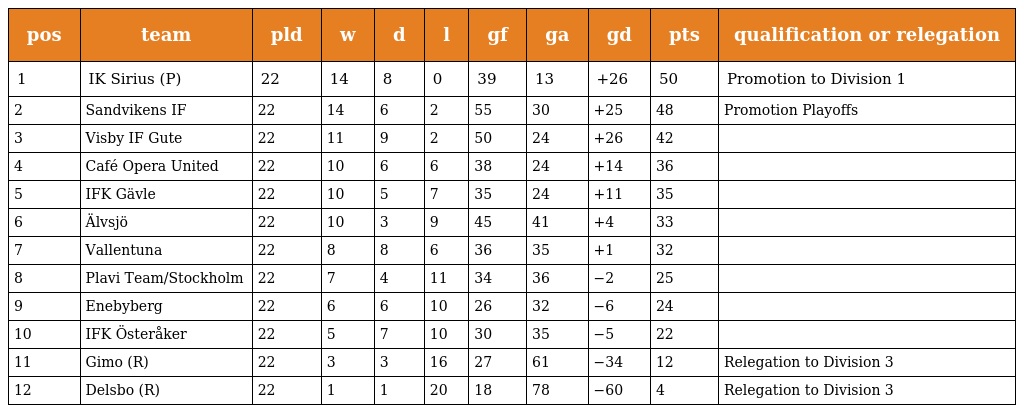
| pos | team | pld | w | d | l | gf | ga | gd | pts | qualification or relegation |
 | --- | --- | --- | --- | --- | --- | --- | --- | --- | --- | --- |
 | 1 | IK Sirius (P) | 22 | 14 | 8 | 0 | 39 | 13 | +26 | 50 | Promotion to Division 1 |
 | 2 | Sandvikens IF | 22 | 14 | 6 | 2 | 55 | 30 | +25 | 48 | Promotion Playoffs |
 | 3 | Visby IF Gute | 22 | 11 | 9 | 2 | 50 | 24 | +26 | 42 |  |
 | 4 | Café Opera United | 22 | 10 | 6 | 6 | 38 | 24 | +14 | 36 |  |
 | 5 | IFK Gävle | 22 | 10 | 5 | 7 | 35 | 24 | +11 | 35 |  |
 | 6 | Älvsjö | 22 | 10 | 3 | 9 | 45 | 41 | +4 | 33 |  |
 | 7 | Vallentuna | 22 | 8 | 8 | 6 | 36 | 35 | +1 | 32 |  |
 | 8 | Plavi Team/Stockholm | 22 | 7 | 4 | 11 | 34 | 36 | −2 | 25 |  |
 | 9 | Enebyberg | 22 | 6 | 6 | 10 | 26 | 32 | −6 | 24 |  |
 | 10 | IFK Österåker | 22 | 5 | 7 | 10 | 30 | 35 | −5 | 22 |  |
 | 11 | Gimo (R) | 22 | 3 | 3 | 16 | 27 | 61 | −34 | 12 | Relegation to Division 3 |
 | 12 | Delsbo (R) | 22 | 1 | 1 | 20 | 18 | 78 | −60 | 4 | Relegation to Division 3 |